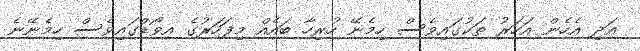
އަދި އެހެން އަހަރު ތަކުގައިވެސް ހިމެނޭ ހުރިހާ ބައެއް މިފަހަރުގެ އވޯޑްގައިވެސް ހިމެނޭނެ